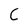
Character: C